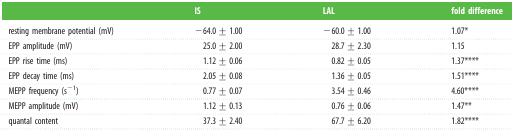
<table><thead><tr><td></td><td><b>IS</b></td><td><b>LAL</b></td><td><b>fold difference</b></td></tr></thead><tbody><tr><td>resting membrane potential (mV)</td><td>−64.0 ± 1.00</td><td>−60.0 ± 1.00</td><td>1.07*</td></tr><tr><td>EPP amplitude (mV)</td><td>25.0 ± 2.00</td><td>28.7 ± 2.30</td><td>1.15</td></tr><tr><td>EPP rise time (ms)</td><td>1.12 ± 0.06</td><td>0.82 ± 0.05</td><td>1.37****</td></tr><tr><td>EPP decay time (ms)</td><td>2.05 ± 0.08</td><td>1.36 ± 0.05</td><td>1.51****</td></tr><tr><td>MEPP frequency (s<sup>−1</sup>)</td><td>0.77 ± 0.07</td><td>3.54 ± 0.46</td><td>4.60****</td></tr><tr><td>MEPP amplitude (mV)</td><td>1.12 ± 0.13</td><td>0.76 ± 0.06</td><td>1.47**</td></tr><tr><td>quantal content</td><td>37.3 ± 2.40</td><td>67.7 ± 6.20</td><td>1.82****</td></tr></tbody></table>